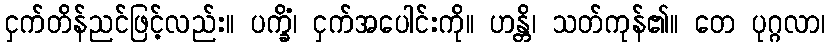
ငှက်တိန်ညင်ဖြင့်လည်း။ ပက္ခိံ၊ ငှက်အပေါင်းကို။ ဟန္တိ၊ သတ်ကုန်၏။ တေ ပုဂ္ဂလာ၊